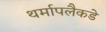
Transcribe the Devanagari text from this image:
थर्मापलैकडे